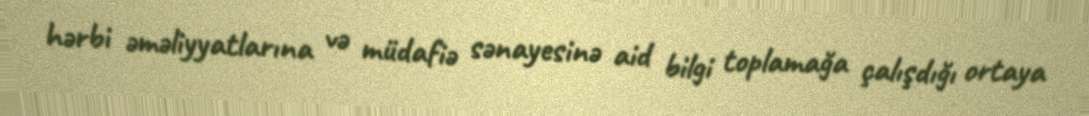
hərbi əməliyyatlarına və müdafiə sənayesinə aid bilgi toplamağa çalışdığı ortaya